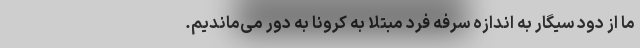
ما از دود سیگار به اندازه سرفه فرد مبتلا به کرونا به دور می‌ماندیم.